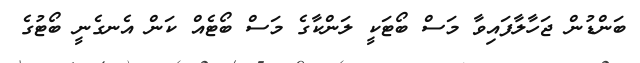
ބަންޑުން ޖަހާލާފައިވާ މަސް ބޯޓަކީ ލަންކާގެ މަސް ބޯޓެއް ކަން އެނގެނީ ބޯޓުގެ